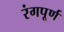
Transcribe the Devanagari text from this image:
रंगपूर्ण